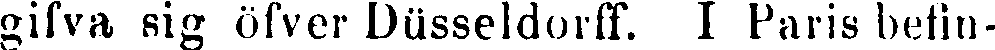
gifva sig öfver Düsseldorff. I Paris befin-